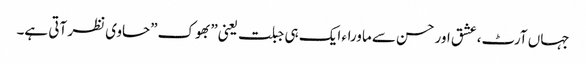
جہاں آرٹ،عشق اور حسن سے ماوراء ایک ہی جبلت یعنی”بھوک”حاوی نظر آتی ہے۔